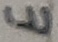
Text: E